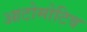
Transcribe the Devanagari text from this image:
आटोमोटिव